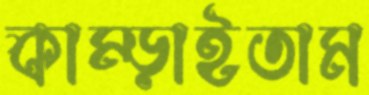
কাম্‌ড়াইতাম